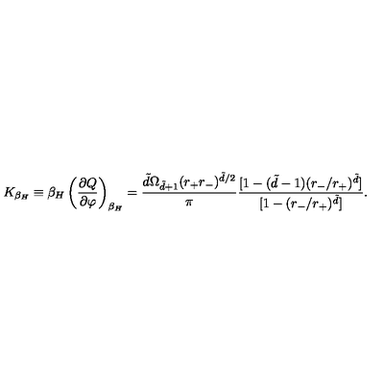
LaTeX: K _ { \beta _ { H } } \equiv \beta _ { H } \left( \frac { \partial Q } { \partial \varphi } \right) _ { \beta _ { H } } = \frac { \tilde { d } \Omega _ { \tilde { d } + 1 } ( r _ { + } r _ { - } ) ^ { \tilde { d } / 2 } } { \pi } \frac { [ 1 - ( \tilde { d } - 1 ) ( r _ { - } / r _ { + } ) ^ { \tilde { d } } ] } { [ 1 - ( r _ { - } / r _ { + } ) ^ { \tilde { d } } ] } .